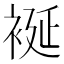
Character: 䘰